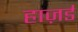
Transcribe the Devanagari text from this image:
हाज़र्ड